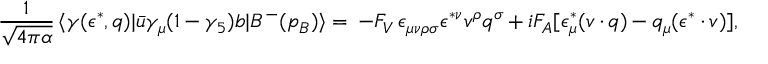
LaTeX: \frac { 1 } { \sqrt { 4 \pi \alpha } } \, \langle \gamma ( \epsilon ^ { * } , q ) | \bar { u } \gamma _ { \mu } ( 1 - \gamma _ { 5 } ) b | B ^ { - } ( p _ { B } ) \rangle = \, - F _ { V } \, \epsilon _ { \mu \nu \rho \sigma } \epsilon ^ { * \nu } v ^ { \rho } q ^ { \sigma } + i F _ { A } [ \epsilon _ { \mu } ^ { * } ( v \cdot q ) - q _ { \mu } ( \epsilon ^ { * } \cdot v ) ] ,